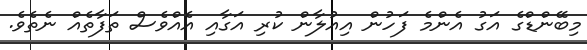
މިބޭންޑްގެ އަގު އެންމެ ފަހުން އިއުލާން ކުރި އަގާއި އެއްވެސް ތަފާތެއް ނެތެވެ.